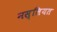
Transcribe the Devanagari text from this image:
नस्लियत